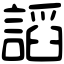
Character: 謟